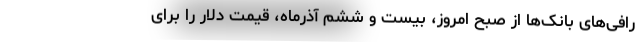
رافی‌های بانک‌ها از صبح امروز، بیست و ششم آذرماه، قیمت دلار را برای